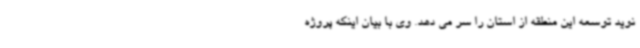
نوید توسعه این منطقه از استان را سر می دهد. وی با بیان اینکه پروژه